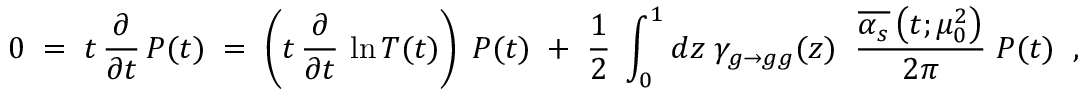
0 \; = \; t \, \frac { \partial } { \partial t } \, P ( t ) \; = \; \left( t \, \frac { \partial } { \partial t } \, \ln T ( t ) \right) \; P ( t ) \; + \; \frac { 1 } { 2 } \; \int _ { 0 } ^ { 1 } d z \; \gamma _ { g \rightarrow g g } ( z ) \; \; \frac { \overline { { { \alpha _ { s } } } } \left( t ; \mu _ { 0 } ^ { 2 } \right) } { 2 \pi } \; P ( t ) \; \; ,